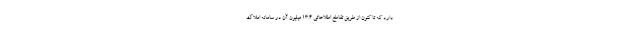
دارد که تا کنون از طریق تقاطع اطلاعاتی ۱۳.۴ میلیون آن در سامانه املاک